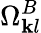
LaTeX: \Omega_{\mathbf{k}l}^{B}